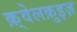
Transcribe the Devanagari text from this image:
क़्वेलक़ुइज़